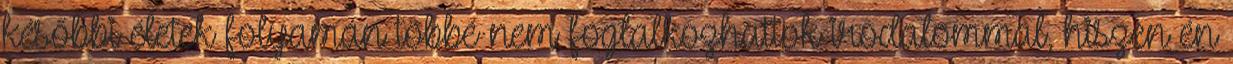
későbbi életek folyamán többé nem foglalkozhattok irodalommal, hiszen én